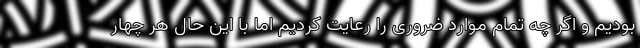
بودیم و اگر چه تمام موارد ضروری را رعایت کردیم اما با این حال هر چهار